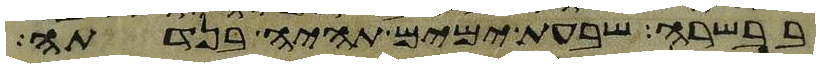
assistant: בבשרה שבעת ימים תהיה בנדתה